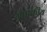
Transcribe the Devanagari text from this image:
ग्राहकीय